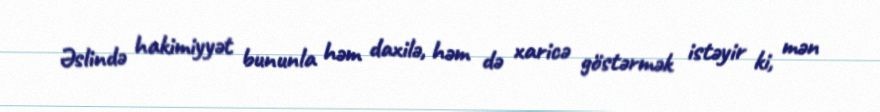
Əslində hakimiyyət bununla həm daxilə, həm də xaricə göstərmək istəyir ki, mən